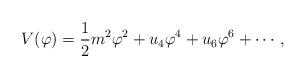
LaTeX: \begin{align*}V(\varphi)={1\over2}m^2\varphi^2+u_4\varphi^4+u_6\varphi^6+\cdots,\end{align*}